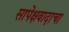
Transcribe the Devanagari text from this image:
सापेक्षवादाचा